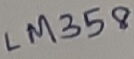
Text: LM358